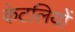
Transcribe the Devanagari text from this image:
केटलियों